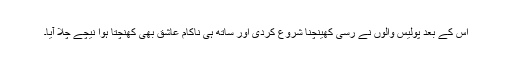
اس کے بعد پولیس والوں نے رسی کھینچنا شروع کردی اور ساتھ ہی ناکام عاشق بھی کھنچتا ہوا نیچے چلا آیا۔